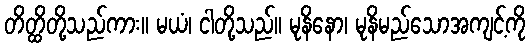
တိတ္ထိတို့သည်ကား။ မယံ၊ ငါတို့သည်။ မုနိနော၊ မုနိမည်သောအကျင့်ကို